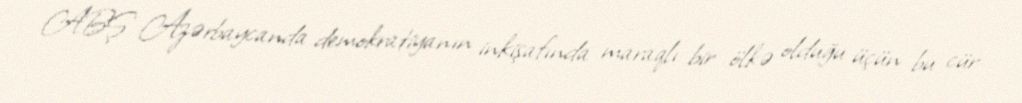
ABŞ Azərbaycanda demokratiyanın inkişafında maraqlı bir ölkə olduğu üçün bu cür